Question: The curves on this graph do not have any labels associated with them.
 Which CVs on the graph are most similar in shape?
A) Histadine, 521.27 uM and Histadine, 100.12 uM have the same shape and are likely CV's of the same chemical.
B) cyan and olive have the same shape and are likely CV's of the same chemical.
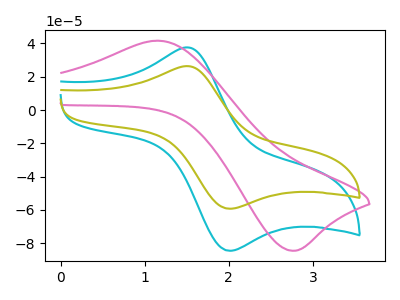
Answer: <think>The cyan curve "cyan" has an anodic peak at (1.50V, 37.60uA) and a cathodic peak at (2.00V, -84.60uA). The pink curve "pink" has an anodic peak at (1.15V, 41.65uA) and a cathodic peak at (2.75V, -84.50uA). The olive curve "olive" has an anodic peak at (1.50V, 26.35uA) and a cathodic peak at (2.00V, -59.30uA).
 "cyan" and "pink" have at least one peak that do not match. All the peaks in "cyan" have a peak in "olive" at the same potential. Every peak in "cyan" is higher than every peak in "olive". "pink" and "olive" have at least one peak that do not match.</think>
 <answer>B) "cyan" and "olive" have the same shape and are likely CV's of the same chemical.</answer>
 <eval>B</eval>